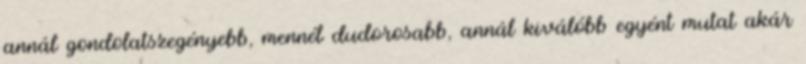
annál gondolatszegényebb, mennél dudorosabb, annál kiválóbb egyént mutat akár